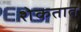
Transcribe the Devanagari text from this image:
शेकतात